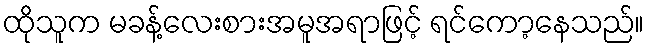
ထိုသူက မခန့်လေးစားအမူအရာဖြင့် ရင်ကော့နေသည်။